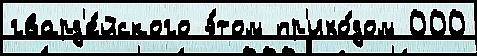
гвард'е́йского э́том пр'ихо́дом 000